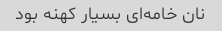
نان خامه‌ای بسیار کهنه بود